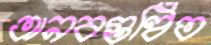
অনবগুণ্ঠিত